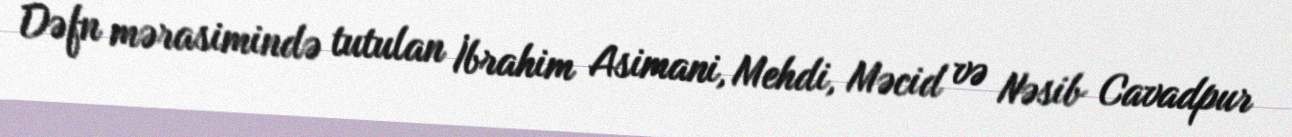
Dəfn mərasimində tutulan İbrahim Asimani, Mehdi, Məcid və Nəsib Cavadpur